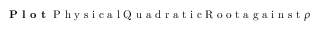
\textbf { P l o t } \textrm { P h y s i c a l Q u a d r a t i c R o o t a g a i n s t } \rho